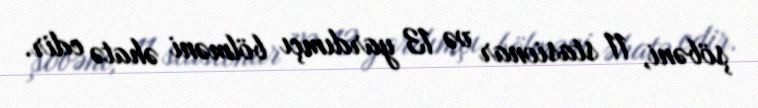
şöbəni, 11 stasionar və 13 yardımçı bölməni əhatə edir.